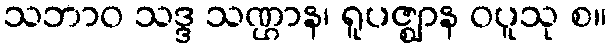
သဘာဝ သဒ္ဒ သဏ္ဌာန၊ ရူပဇ္ဈာန ဝပူသု စ။